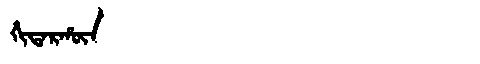
Manchu: ᡥᡳᡨᠠᡵᡥᡡᠨ
Romanization: HITARHŪN